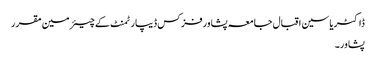
ڈاکٹریاسین اقبال جامعہ پشاورفزکس ڈیپارٹمنٹ کے چیئرمین مقرر
پشاور۔